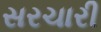
સરચારી